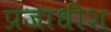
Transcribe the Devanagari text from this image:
प्रजाधीश